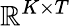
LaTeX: \mathbb{R}^{K\times T}